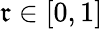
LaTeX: \mathfrak{r}\in[0,1]